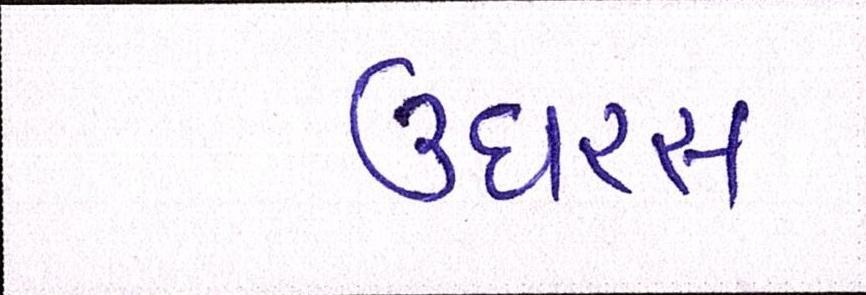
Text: ઉઘરસ